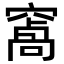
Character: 𮄑